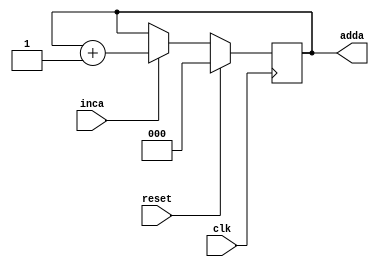
module counta(inca,reset,clk,adda);
input inca,reset,clk;
output[2:0] adda;
reg[2:0] adda;
always@ (posedge clk)
begin
if (reset)
adda <= 3'b000;
else if(inca)
adda <= adda+1;
end
endmodule